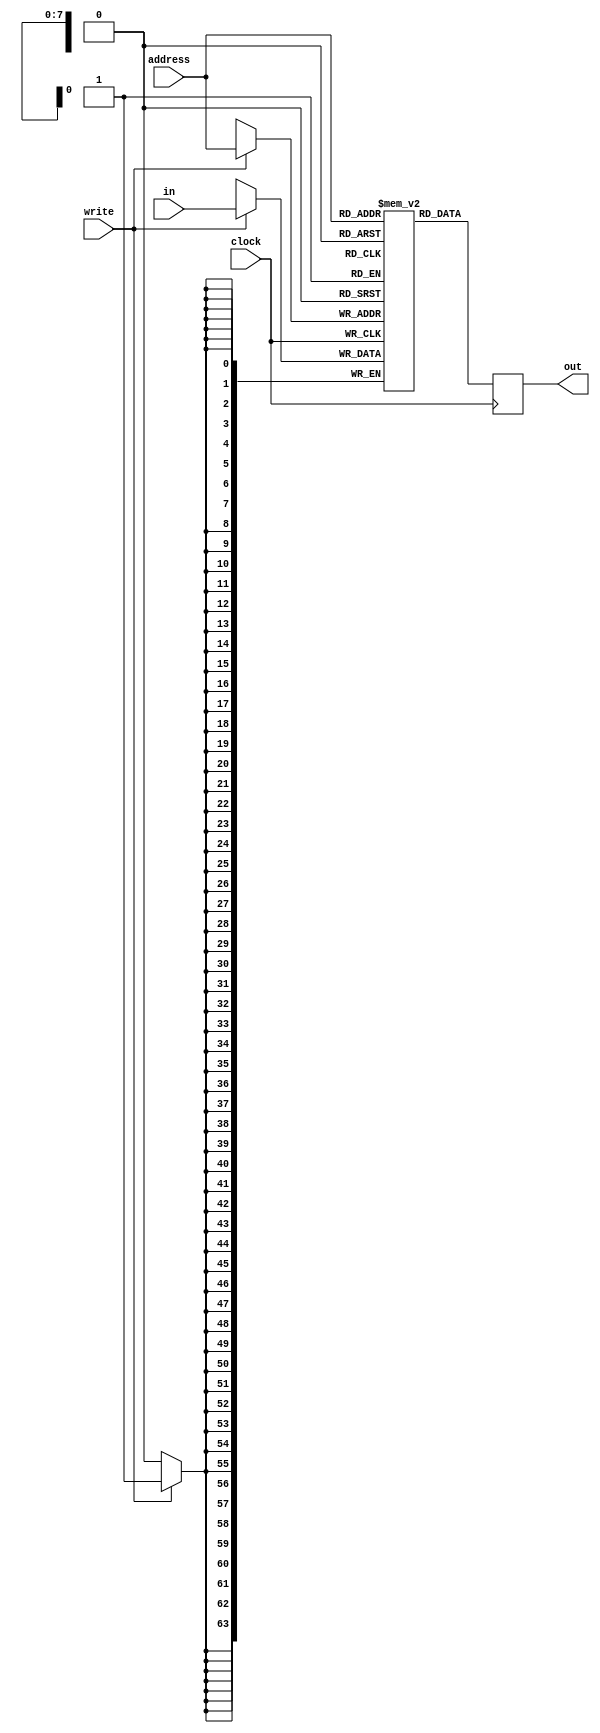
module RAM256x64 (address, clock, in, write, out);
	input [7:0] address; 
	input clock;
	input [63:0] in;
	input write;
	output reg [63:0] out;
	
	reg [63:0] mem [0:255]; //creating 2-dimensional object. Calling to memory on DE0
	//width         length
	
	always @(posedge clock) begin	
		if (write) begin
			mem[address] <= in;	//if write signal, the memory at specified address gets written
		end
	end
	
	always @(posedge clock) begin
		out <= mem[address];	//output of RAM gets data from specified location
	end
	
endmodule